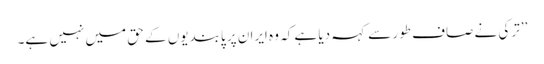
’’ترکی نے صاف طور سے کہہ دیا ہے کہ وہ ایران پر پابندیوں کے حق میں نہیں ہے۔